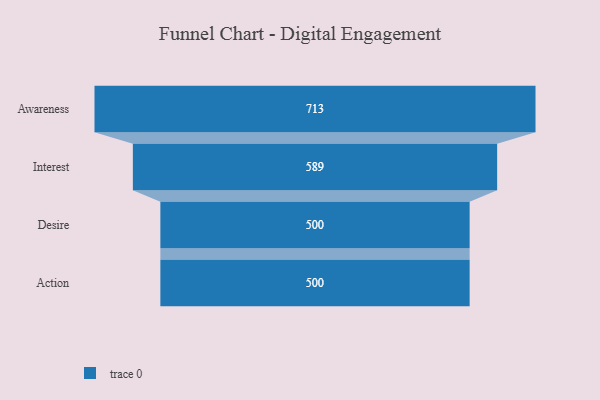
{"axis": {"x": "Stage", "y": "Value"}, "legend": [""], "data": [{"x": "Awareness", "y": 713.0, "type": ""}, {"x": "Interest", "y": 589.0, "type": ""}, {"x": "Desire", "y": 500, "type": ""}, {"x": "Action", "y": 500, "type": ""}]}